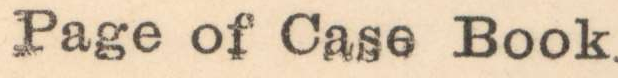
Page of Case Book.